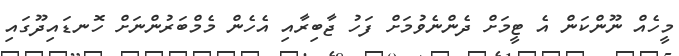
މީހެއް ނޫންކަން އެ ޓީމަށް ދެންނެވުމަށް ފަހު ޖާބިރާއި އެހެން މެމްބަރުންނަށް ހޮނޑައިދޫގައި